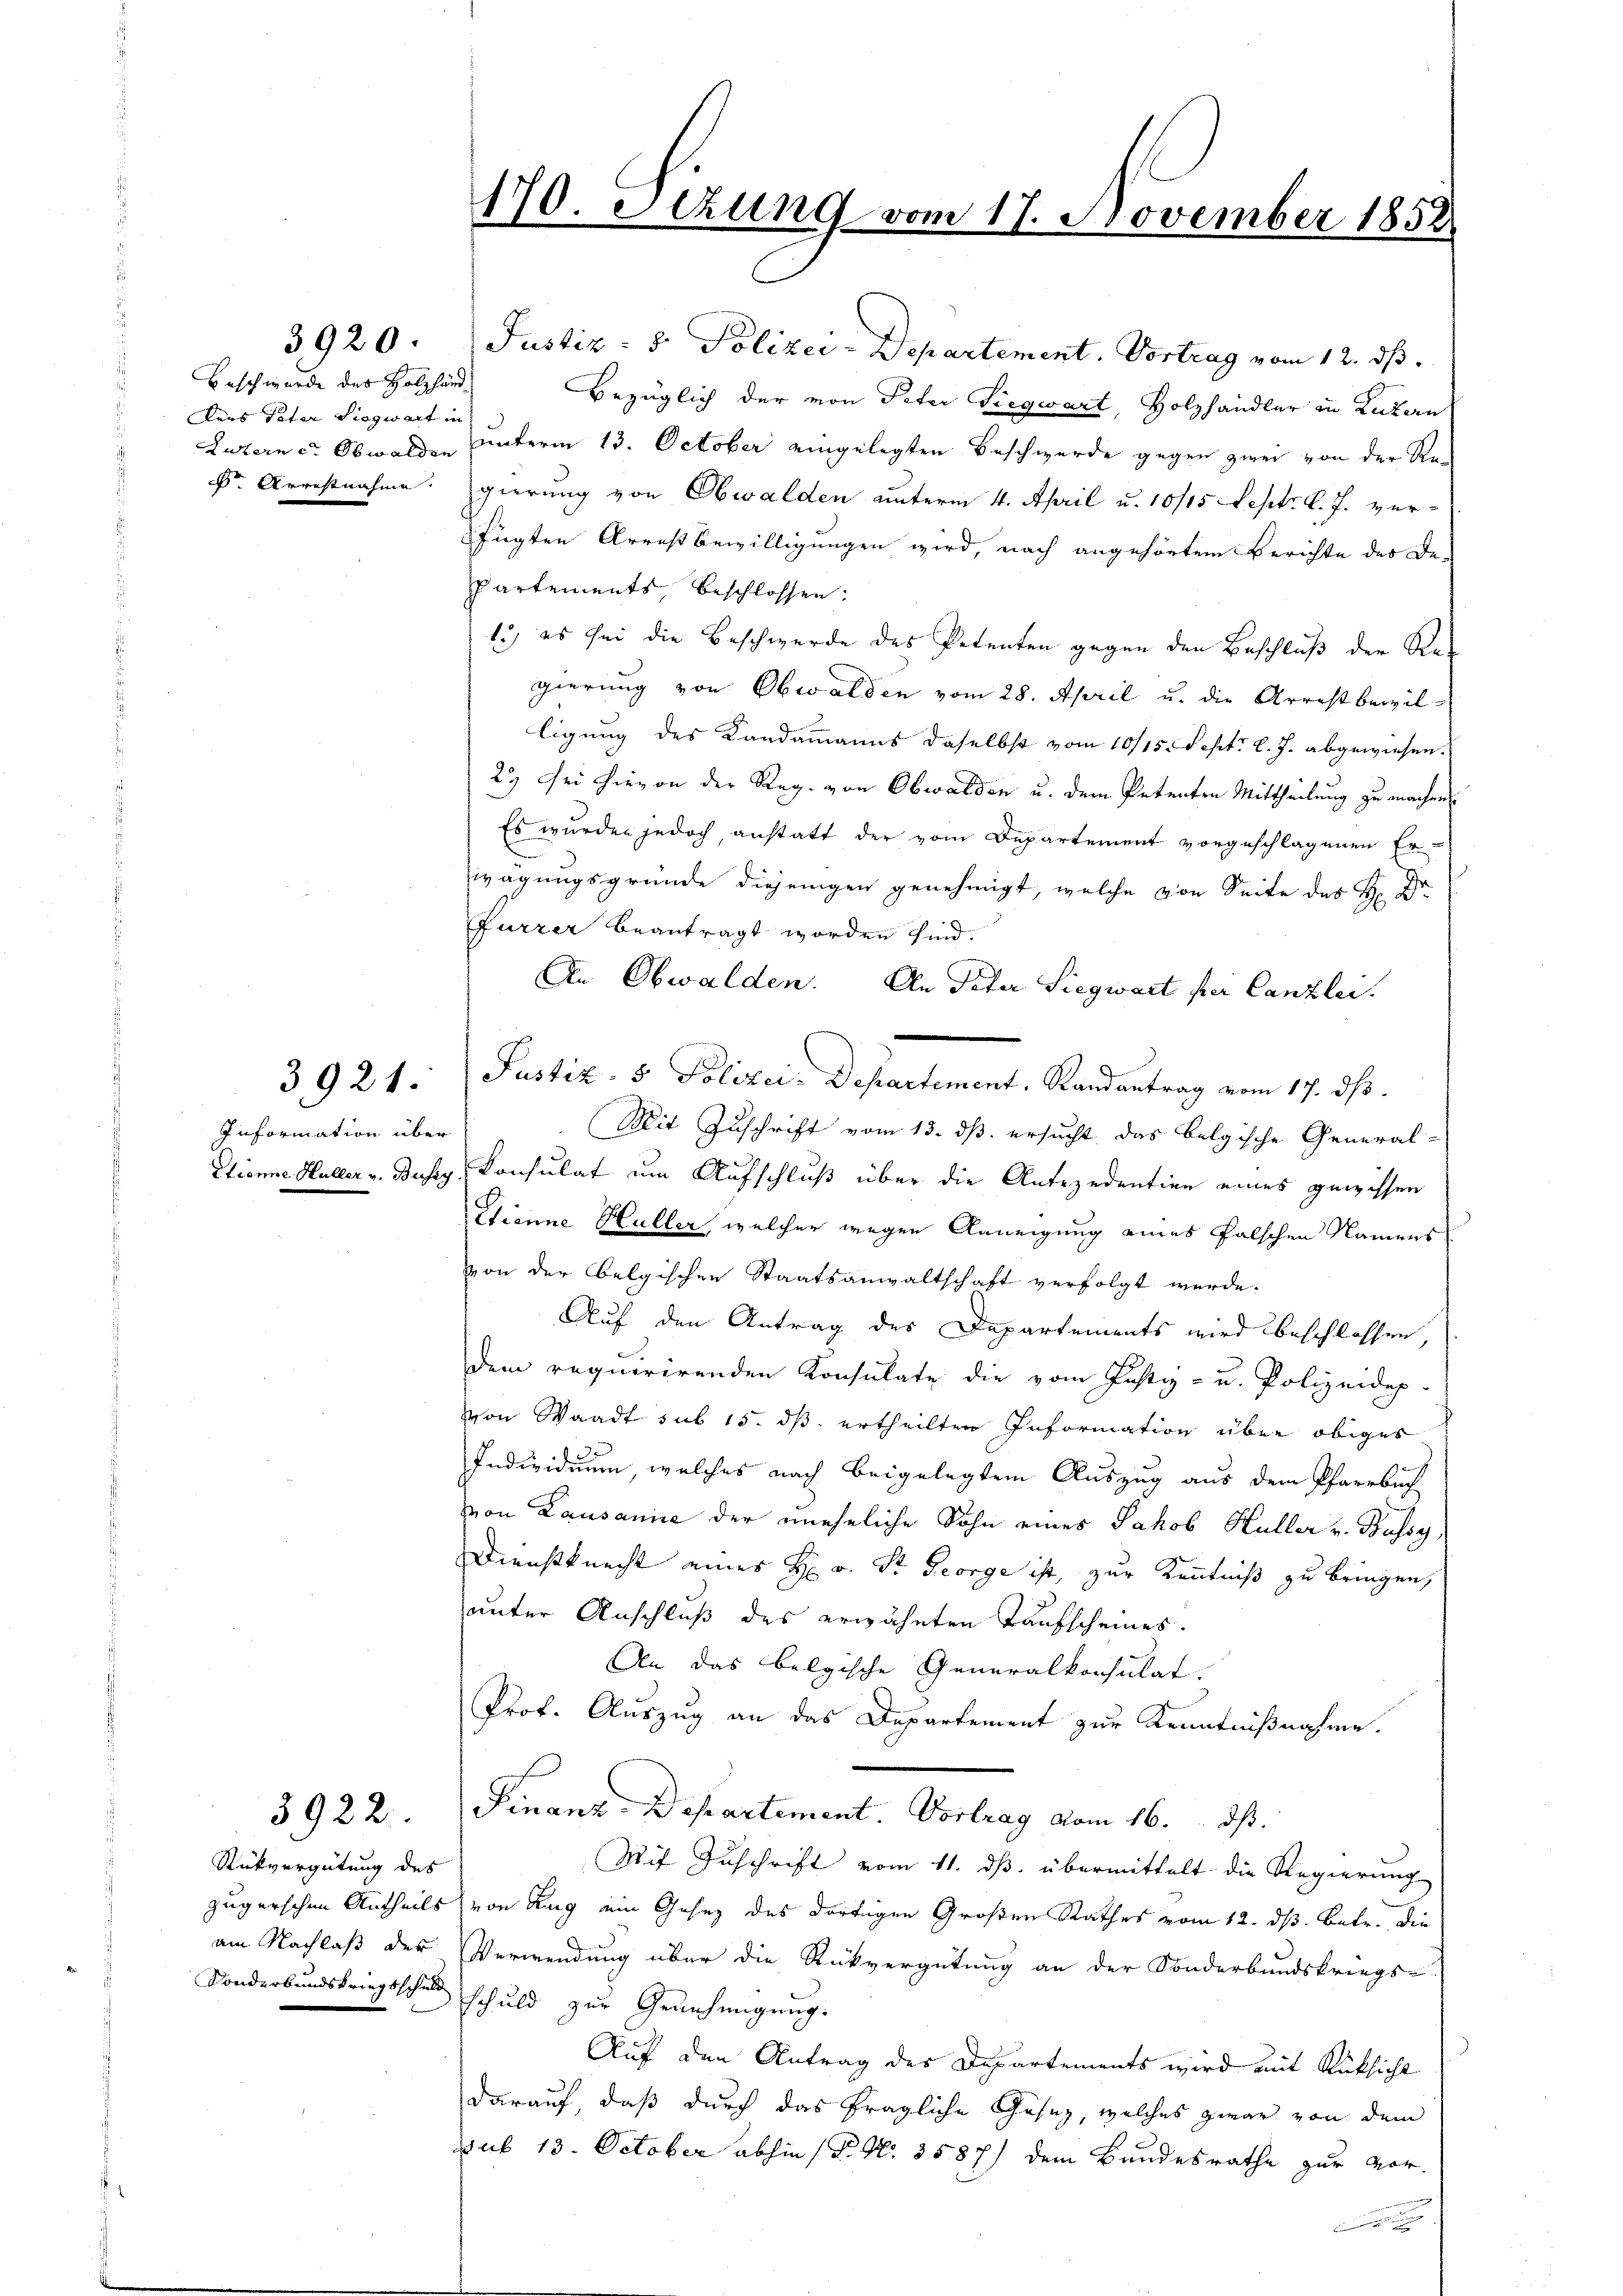
Basch wurde des Holzhänd
ders Peter Siegwart in
F. Arrestnahme.

3920.

Information über

3,921.

3922.

Rükvergütung des

Justiz- & Polizei-Departement. Vortrag vom 12. ds.
Bezüglich der von Peter Siegwart, Holzhändler in Luzern
Luzern d. Obwalden unterm 13. October eingelegten Beschwerde gegen zwei von der Regierung von Obwalden unterm 4. April u. 10/15 Sept. l. J. verfügten Arrest bewilligungen wird, nach angehörtem Berichte des De¬
Partements beschlossen:
1.) es sei die Beschwerde des Petenten gegen den Beschluß der Re-
gierung von Obwalden vom 28. April u. die Arrestbewilligung des Kandammanns daselbst vom 10/15. Sept. l. J. abgewiesen.
2.) Sei hievon der Reg. von Obwalden u. dem Petenten Mittheilung zu machen
Es wurden jedoch, anstatt der vom Departement vorgeschlagenen Erwägungsgründe diejenigen genehmigt, welche von Seite des H: Dr.
Furrer beantragt worden sind.
An Obwalden. An Peter Siegwart per Canzlei.
Justiz- & Polizei-Departement, Randantrag vom 17. ds.
Mit Zuschrift vom 13. ds. ersucht, das belgische General-
Etionne Hüller v. Busey, Consulat um Aufschluß über die Antezedention eines gewissen
Etienne Hüller, welcher wegen Anneigung eines falschen Namens
von der belgischen Staatsanwaltschaft verfolgt werde.
Auf den Antrag des Departements wird beschlossen,
dem requirirenden Konsulate die vom Justiz- u. Polizeidep
von Waadt sub 15. dß ertheilten Information über obiges
Individuum, welches nach beigelegten Auszug aus dem Pfarrbüch
von Lausanne der uneheliche Sohn eines Jakob Hüller v. Bassg
Dienstknecht eines H: v. St. George ist, zur Kenntniß zu bringen,
unter Anschluß des erwähnten Taufscheines.
An das belgische Generalkonsulat.
Prof. Auszug an das Departement zur Kenntnißnahme.
Finanz-Departement. Vortrag vom 16. ds.
Mit Zuschrift vom 11. ds. übermittelt die Regierung
zugerschen Antheils von Rang ein Gesez des dortigen Großen Rathes vom 12. dß. Betr. die
am Nachlaß des Verwendung über die Rückvergütung an der Sonderbundskriegs-
Sonderbundskriegsschuld schuld zur Genehmigung.
Auf den Antrag des Departements wird mit Rücksicht
darauf, daß durch das fragliche Gäsez, welches zwar von dem
sub 13. October abhin (N. N. 3587) dem Bundesrathe zur Vor¬

170. Sizung vom 17. November 1852